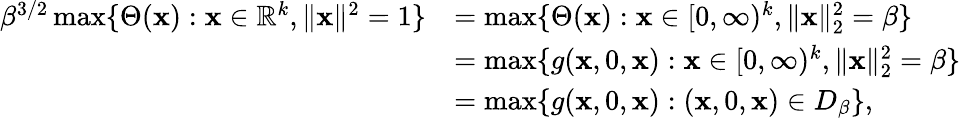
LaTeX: \begin{array}{rl}{\beta^{3/2}\operatorname*{max}\{ \Theta(\mathbf{x}):\mathbf{x}\in\mathbb{R}^{k},\| \mathbf{x}\| ^{2}=1\} }&{=\operatorname*{max}\{ \Theta(\mathbf{x}):\mathbf{x}\in[0,\infty)^{k},\| \mathbf{x}\| _{2}^{2}=\beta\} }\\ &{=\operatorname*{max}\{ g(\mathbf{x},0,\mathbf{x}):\mathbf{x}\in[0,\infty)^{k},\| \mathbf{x}\| _{2}^{2}=\beta\} }\\ &{=\operatorname*{max}\{ g(\mathbf{x},0,\mathbf{x}):(\mathbf{x},0,\mathbf{x})\in D_{\beta}\} ,}\end{array}